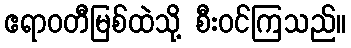
ဧရာဝတီမြစ်ထဲသို့ စီးဝင်ကြသည်။